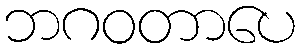
ဘဂဝတာပေ